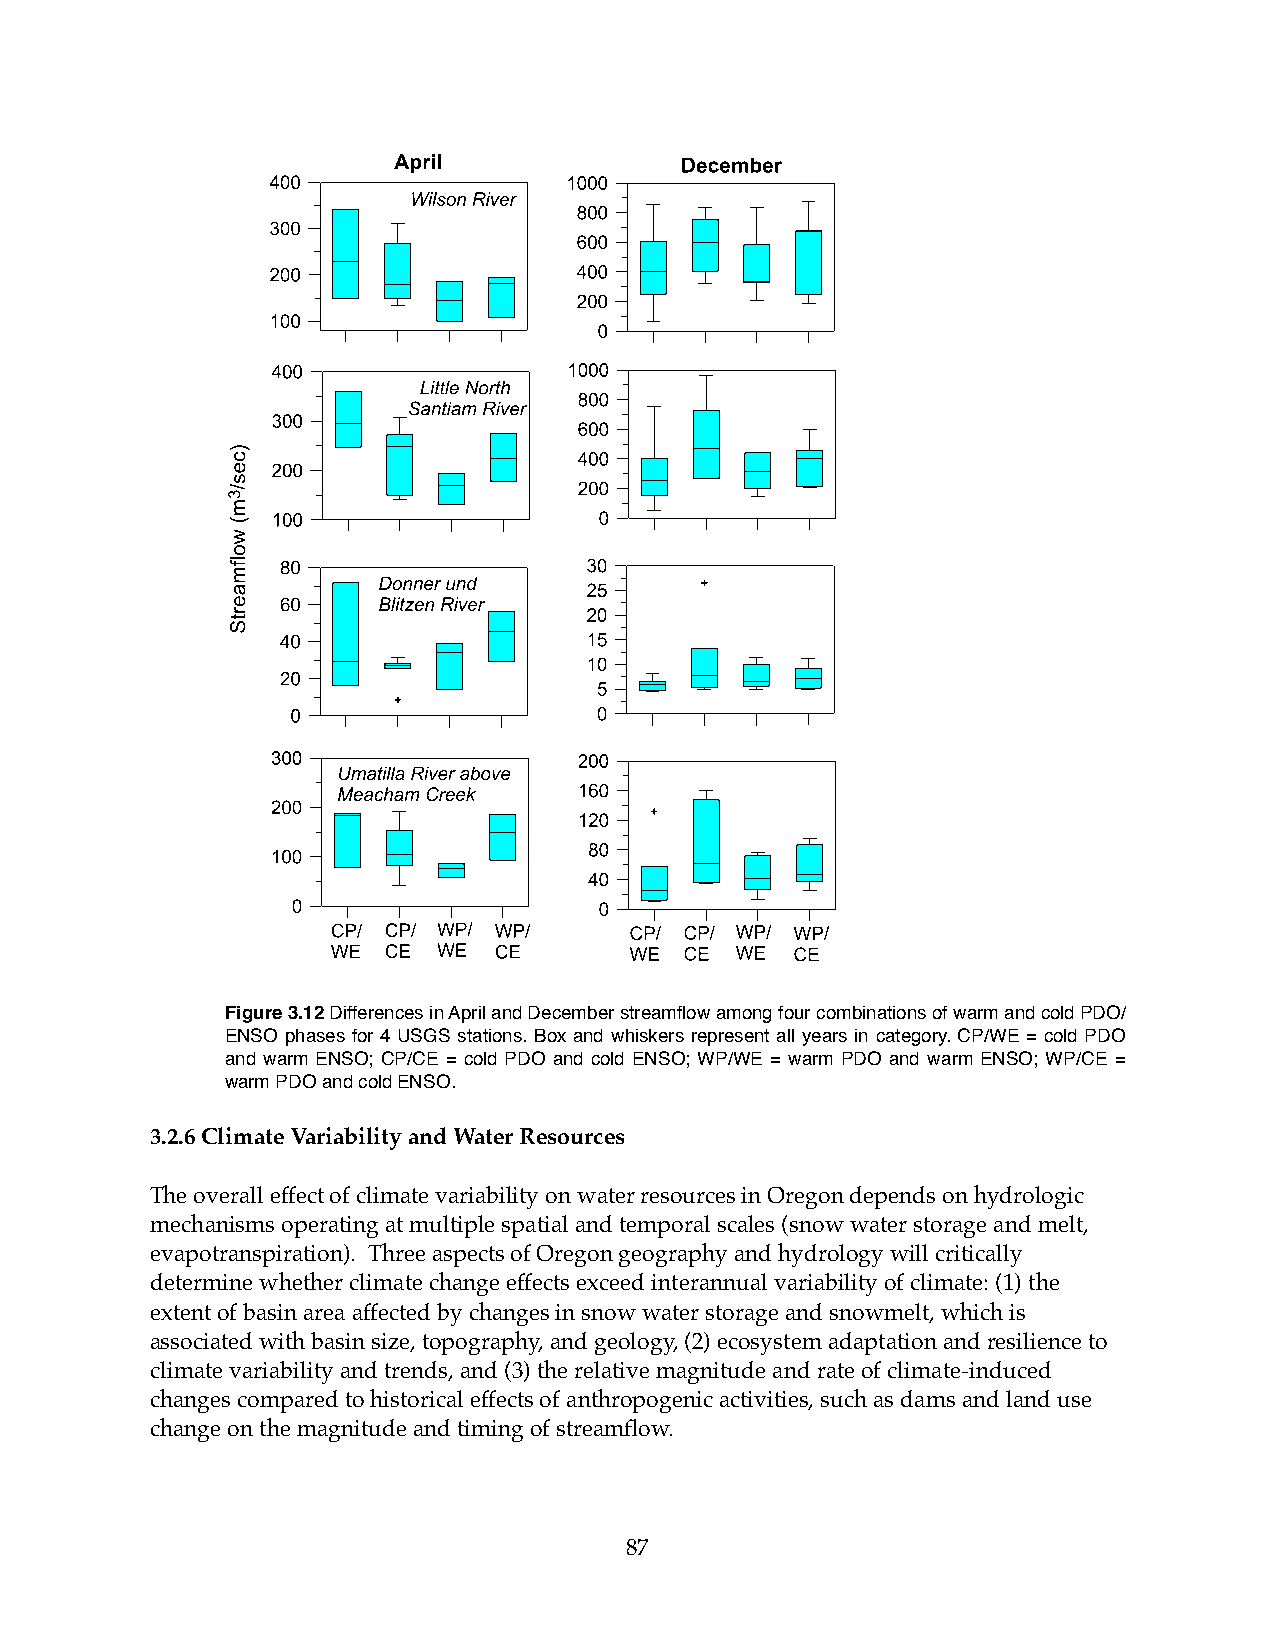
Figure 3.12 Differences in April and December streamflow among four combinations of warm and cold PDO/
 ENSO phases for 4 USGS stations. Box and whiskers represent all years in category. CP/WE = cold PDO
 and warm ENSO; CP/CE = cold PDO and cold ENSO; WP/WE = warm PDO and warm ENSO; WP/CE =
 warm PDO and cold ENSO.
 3.2.6 Climate Variability and Water Resources
 The overall effect of climate variability on water resources in Oregon depends on hydrologic
 mechanisms operating at multiple spatial and temporal scales (snow water storage and melt,
 evapotranspiration). Three aspects of Oregon geography and hydrology will critically
 determine whether climate change effects exceed interannual variability of climate: (1) the
 extent of basin area affected by changes in snow water storage and snowmelt, which is
 associated with basin size, topography, and geology, (2) ecosystem adaptation and resilience to
 climate variability and trends, and (3) the relative magnitude and rate of climate-induced
 changes compared to historical effects of anthropogenic activities, such as dams and land use
 change on the magnitude and timing of streamflow.
 87